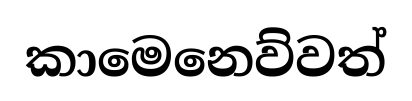
කාමෙනෙව්වත්